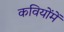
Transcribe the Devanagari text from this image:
कवियोंमें